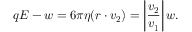
q { \boldsymbol { E } } - { \boldsymbol { w } } = 6 \pi \eta { \boldsymbol { ( r \cdot v _ { 2 } ) } } = \left| { \boldsymbol { \frac { v _ { 2 } } { v _ { 1 } } } } \right| { \boldsymbol { w } } .